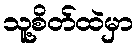
သူ့စိတ်ထဲမှာ